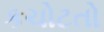
કચોટતો